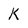
Character: K